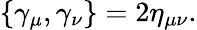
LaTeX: \{ \gamma_{\mu},\gamma_{\nu}\} =2\eta_{\mu\nu}.